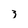
Character: 3